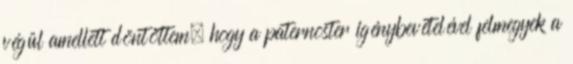
végül amellett döntöttem, hogy a paternoster igénybevételével felmegyek a